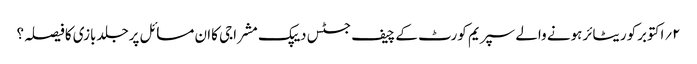
۲؍اکتوبرکوریٹائرہونے والے سپریم کورٹ کے چیف جسٹس دیپک مشراجی کاان مسائل پرجلدبازی کافیصلہ؟